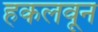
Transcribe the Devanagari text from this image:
हकलवून